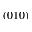
( 0 1 0 )